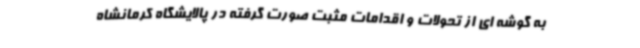
به گوشه ای از تحولات و اقدامات مثبت صورت گرفته در پالایشگاه کرمانشاه